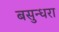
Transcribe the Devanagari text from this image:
बसुन्धरा